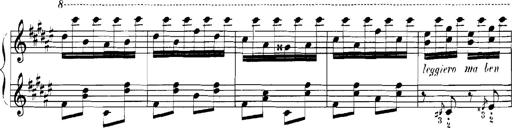
Title: Rhapsodies hongroises
Composer: Franz Liszt